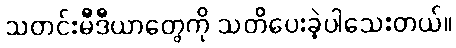
သတင်းမီဒီယာတွေကို သတိပေးခဲ့ပါသေးတယ်။